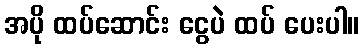
အပို ထပ်ဆောင်း ငွေပဲ ထပ် ပေးပါ။